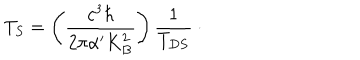
T _ { S } = \left( \frac { c ^ { 3 } \hbar } { 2 \pi \alpha ^ { \prime } K _ { B } ^ { 2 } } \right) \frac { 1 } { T _ { D S } } \: \cdot